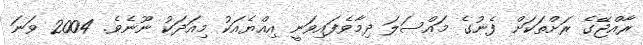
ރާއްޖޭގެ ރަށްތަކަށް ފެނުގެ މައްސަލަ ދިމާވެފައިވަނީ އިއްޔެއަކު މިއަދަކު ނޫނެވެ. 2004 ވަނަ